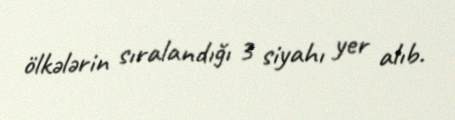
ölkələrin sıralandığı 3 siyahı yer alıb.